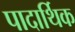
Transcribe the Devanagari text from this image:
पादार्थिक